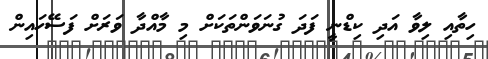
ހިތާއި ލިވާ އަދި ކިޑްނީ ފަދަ ގުނަވަންތަކަށް މި މާއްދާ ވަރަށް ފަސޭހައިން